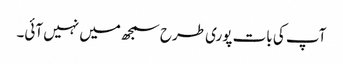
آپ کی بات پوری طرح سمجھ میں نہیں آئی۔